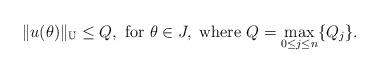
LaTeX: \begin{align*}\|u(\theta)\|_\mathbb{U}&\leq Q,\ \mbox{for}\ \theta\in J, \ \mbox{where} \ Q=\max_{0\leq j\leq n}\{Q_{j}\}.\end{align*}